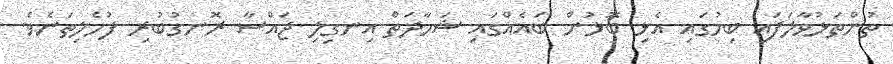
ތުންތަޅުވާލަފައި ބިމުގައި އެޅި ބޮޅުން ބައެއްގައި ޝަހާދަތް އިނގިލި ޖައްސާ ރޮނގުބުރި ފުހެލިތަނެވެ.